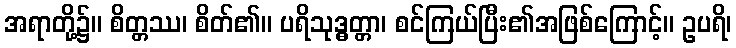
အရာတို့၌။ စိတ္တဿ၊ စိတ်၏။ ပရိသုဒ္ဓတ္တာ၊ စင်ကြယ်ပြီး၏အဖြစ်ကြောင့်။ ဥပရိ၊